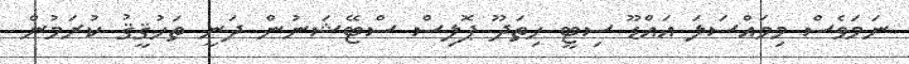
ނަމަވެސް މިމައްސަލަ އައްޑޫ ސިޓީ ހިތަދޫ ޕޮލިސް ސްޓޭޝަނުން ދަނީ ތަހުޤީޤު ކުރަމުން